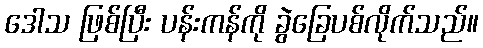
ဒေါသ ဖြစ်ပြီး ပန်းကန်ကို ခွဲခြေပစ်လိုက်သည်။